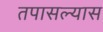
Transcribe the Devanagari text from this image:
तपासल्यास